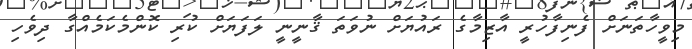
މިވީހާތަނަށް ފެނިފާހުރީ އާޒިމާގެ ރައުޔަށް ނުވަތަ ޤާނީނީ ލަފަޔަށް ކުރި ކޮންމެކަމެއްގާ ދިވެހި